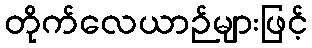
တိုက်လေယာဉ်များဖြင့်